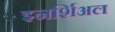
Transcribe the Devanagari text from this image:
इनर्शिअल